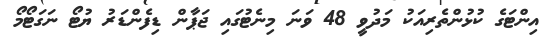
އިންޓަގެ ކުޅުންތެރިއަކު މަދުވީ 48 ވަނަ މިނެޓުގައި ޖަޕާން ޑިފެންޑަރު ޔުޓޯ ނަގަޓޯމޯ